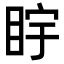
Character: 𪾩